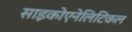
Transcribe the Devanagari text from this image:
साइकोएनेलिटिकल